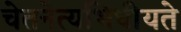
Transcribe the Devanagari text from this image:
चेतनेत्यभिधीयते